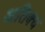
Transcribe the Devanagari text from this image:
अतिक्य